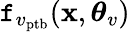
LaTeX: \mathtt{f}_{v_{\mathrm{{ptb}}}}(\mathbf{{x}},\boldsymbol{\theta}_{v})